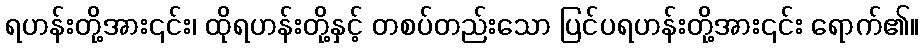
ရဟန်းတို့အား၎င်း၊ ထိုရဟန်းတို့နှင့် တစပ်တည်းသော ပြင်ပရဟန်းတို့အား၎င်း ရောက်၏။